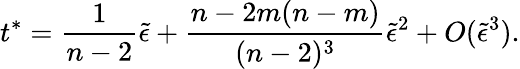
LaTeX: t^{\ast}={\frac{1}{n-2}}\tilde{\epsilon}+{\frac{n-2m(n-m)}{(n-2)^{3}}}\tilde{\epsilon}^{2}+O(\tilde{\epsilon}^{3}).